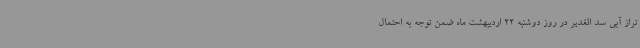
تراز آبی سد الغدیر در روز دوشنبه 22 اردیبهشت ماه ضمن توجه به احتمال